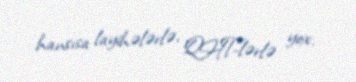
hansısa layihələrlə, QHT-lərlə yox.